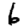
Digit: 6